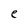
Character: e